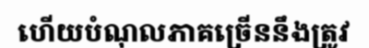
ហើយបំណុលភាគច្រើននឹងត្រូវ